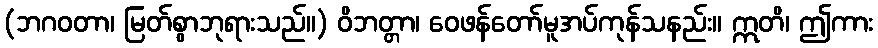
(ဘဂဝတာ၊ မြတ်စွာဘုရားသည်။) ဝိဘတ္တာ၊ ဝေဖန်တော်မူအပ်ကုန်သနည်း။ ဣတိ၊ ဤကား